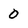
Character: 0